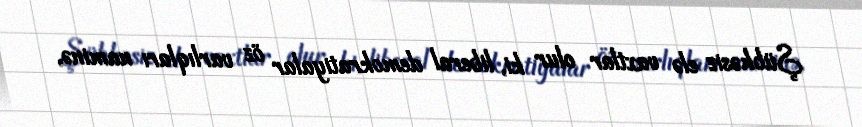
Şübhəsiz elə vaxtlar olur ki, liberal demokratiyalar öz varlıqları naminə,